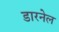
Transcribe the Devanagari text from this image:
डारनेल